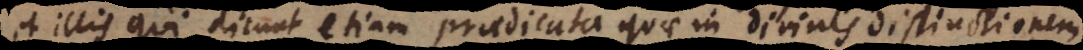
et illis qui dicunt etiam praedicata quae in divinis distinctione